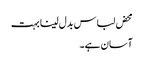
محض لباس بدل لینا بہت
آسان ہے۔